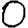
Digit: 0